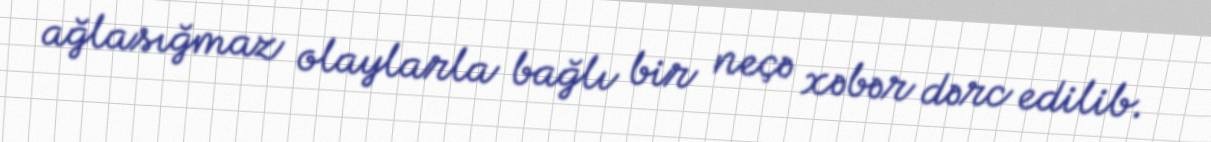
ağlasığmaz olaylarla bağlı bir neçə xəbər dərc edilib.